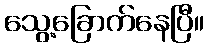
သွေ့ခြောက်နေပြီ။